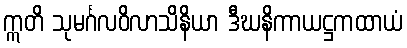
ဣတိ သုမင်္ဂလဝိလာသိနိယာ ဒီဃနိကာယဋ္ဌကထာယံ